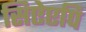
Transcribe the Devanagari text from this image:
सिऐएपि